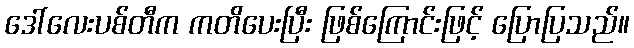
ဒေါ်လေးပစ်တီက ကတိပေးပြီး ဖြစ်ကြောင်းဖြင့် ပြောပြသည်။